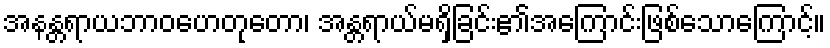
အနန္တရာယဘာဝဟေတုတော၊ အန္တရာယ်မရှိခြင်း၏အကြောင်းဖြစ်သောကြောင့်။